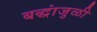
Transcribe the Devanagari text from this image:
बद्धांजुळी